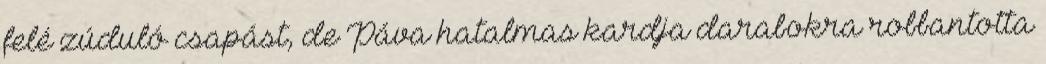
felé zúduló csapást, de Páva hatalmas kardja darabokra robbantotta